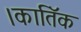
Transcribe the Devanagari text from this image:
।कातिॅक